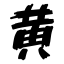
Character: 黄